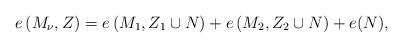
LaTeX: \begin{align*}e\left(M_\nu,Z\right)=e\left(M_{1},Z_{1}\cup N\right)+e\left(M_{2},Z_{2}\cup N\right)+e(N),\end{align*}